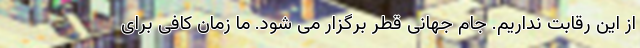
از این رقابت نداریم. جام جهانی قطر برگزار می شود. ما زمان کافی برای